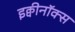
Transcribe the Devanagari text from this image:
इक्वीनॉक्स